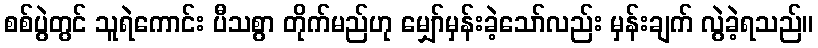
စစ်ပွဲတွင် သူရဲကောင်း ပီသစွာ တိုက်မည်ဟု မျှော်မှန်းခဲ့သော်လည်း မှန်းချက် လွဲခဲ့ရသည်။